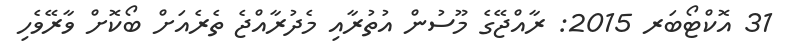
31 އޮކްޓޯބަރ 2015: ރާއްޖޭގެ މޫސުން އުތުރާއި މެދުރާއްޖެ ތެރެއަށް ބޯކޮށް ވާރޭވެހި